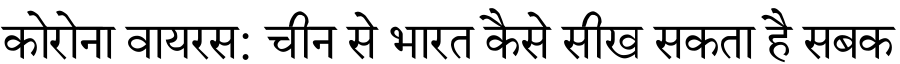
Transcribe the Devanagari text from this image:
कोरोना वायरस: चीन से भारत कैसे सीख सकता है सबक